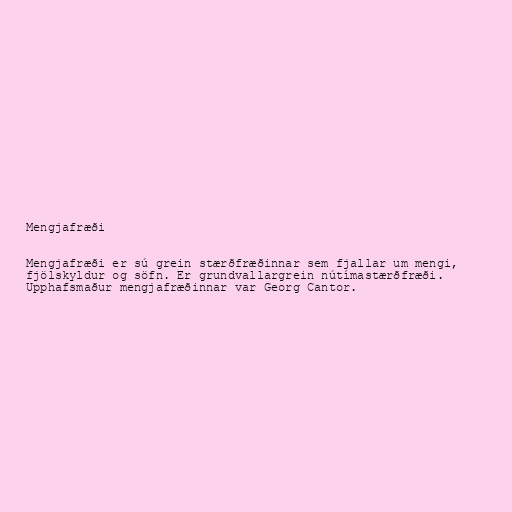
Mengjafræði

Mengjafræði er sú grein stærðfræðinnar sem fjallar um mengi,
fjölskyldur og söfn. Er grundvallargrein nútímastærðfræði.
Upphafsmaður mengjafræðinnar var Georg Cantor.